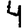
Digit: 4